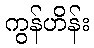
ကွန်ဟိန်း